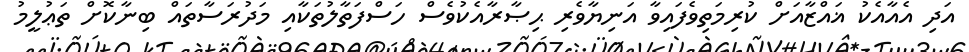
އަދި އެއާއެކު ޣައްޒާއަށް ކުރިމަތިވެފައިވާ އަނިޔާވެރި ޙިޞާރާއެކުވެސް ހަސްފަތާލުތަކާއި މަދުރަސާތައް ބިނާކޮށް ތަޢުލީމު